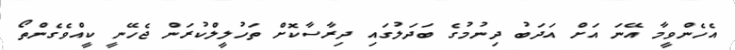
އެހެންވީމާ އޭނަ އަށް އަދަބު ދިނުމުގެ ބަދަލުގައި ދިރާސާކޮށް ތަހުލީލްކުރަން ޖެހޭނީ ކީއްވެގެންތޯ